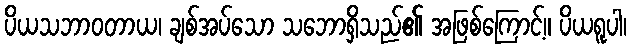
ပိယသဘာဝတာယ၊ ချစ်အပ်သော သဘောရှိသည်၏ အဖြစ်ကြောင့်။ ပိယရူပါ၊